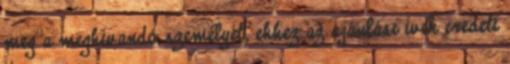
meg a meghívandó személyét, ehhez az ajánlási ívek eredeti